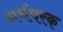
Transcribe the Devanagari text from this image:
अर्थपरक